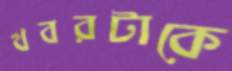
খবরটাকে